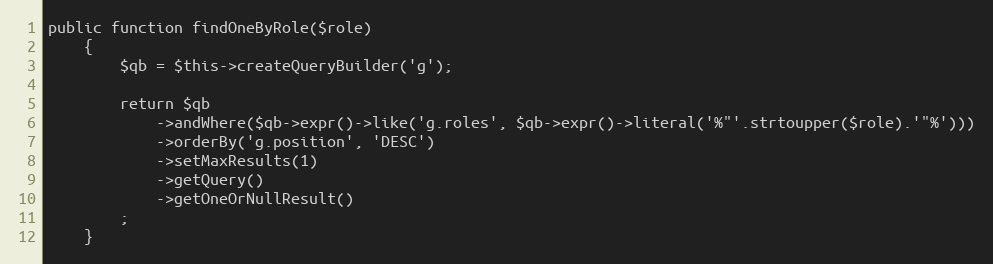
Language: PHP
public function findOneByRole($role)
    {
        $qb = $this->createQueryBuilder('g');

        return $qb
            ->andWhere($qb->expr()->like('g.roles', $qb->expr()->literal('%"'.strtoupper($role).'"%')))
            ->orderBy('g.position', 'DESC')
            ->setMaxResults(1)
            ->getQuery()
            ->getOneOrNullResult()
        ;
    }